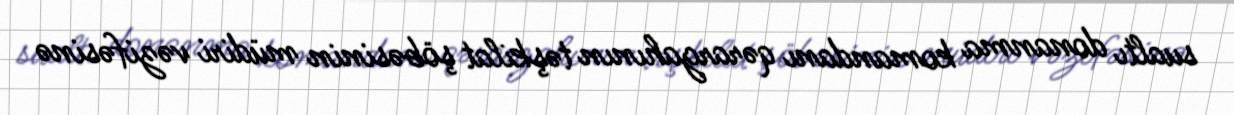
sualtı donanma komandanı qərargahının təşkilat şöbəsinin müdiri vəzifəsinə